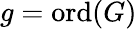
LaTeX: g={\mathrm{ord}}(G)